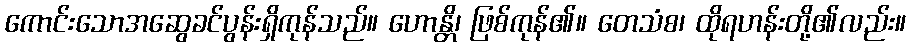
ကောင်းသောအဆွေခင်ပွန်းရှိကုန်သည်။ ဟောန္တိ၊ ဖြစ်ကုန်၏။ တေသံစ၊ ထိုရဟန်းတို့၏လည်း။